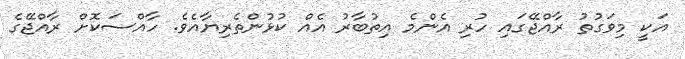
އަކީ މިވަގުތު ރާއްޖޭގައި ހުރި އެންމެ އިތުބާރު އެއް ކުޅުންތެރިޔާއެވެ. ހާއްސަކޮށް ރާއްޖޭގެ